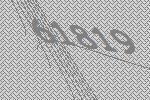
61819